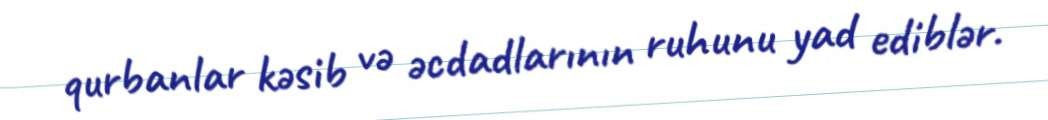
qurbanlar kəsib və əcdadlarının ruhunu yad ediblər.